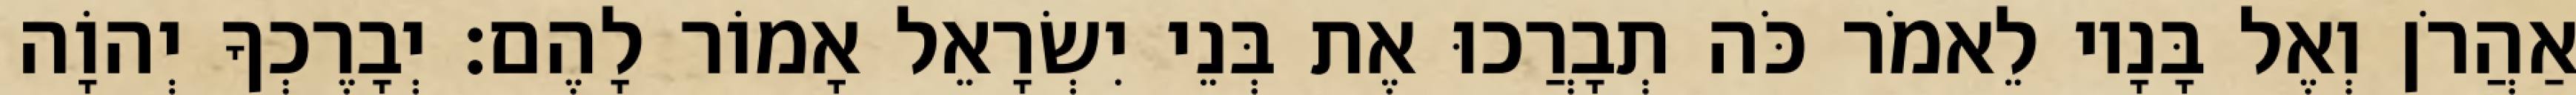
אַהֲרֹן וְאֶל בָּנָיו לֵאמֹר כֹּה תְבָרֲכוּ אֶת בְּנֵי יִשְׂרָאֵל אָמוֹר לָהֶם׃ יְבָרֶכְךָ יְהוָֹה